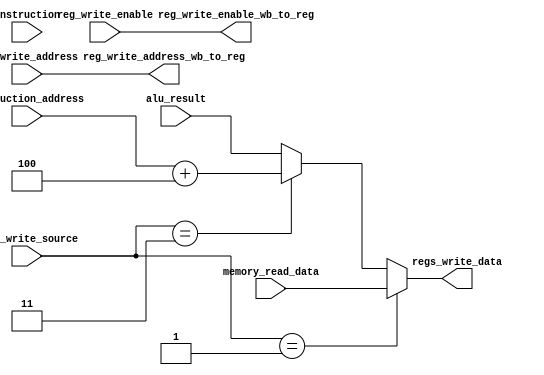
module WriteBack(instruction, instruction_address, alu_result, memory_read_data, regs_write_source, regs_write_data, reg_write_enable, reg_write_address, reg_write_enable_wb_to_reg, reg_write_address_wb_to_reg);
parameter DataWidth = 32;
parameter AddrWidth = 32;

input [DataWidth-1:0]instruction;
input [AddrWidth-1:0]instruction_address;
input [DataWidth-1:0]alu_result;
input [DataWidth-1:0]memory_read_data;
input [1:0]regs_write_source;

input reg_write_enable;
input [4:0]reg_write_address;

output reg [DataWidth-1:0]regs_write_data;

output reg reg_write_enable_wb_to_reg;
output reg [4:0]reg_write_address_wb_to_reg;

always@(*)begin
    reg_write_enable_wb_to_reg <= reg_write_enable;
    reg_write_address_wb_to_reg <= reg_write_address;
    
    if(regs_write_source == 2'd1)
        regs_write_data <= memory_read_data;
    else if(regs_write_source == 2'd3)
        regs_write_data <= instruction_address + 4;
    else 
        regs_write_data <= alu_result;
end

/*
object RegWriteSource{
    val ALUResult = 0.U(2.W)
    val Memory = 1.U(2.W)
    val NextInstructionAddress = 3.U(2.W)
}
*/


endmodule